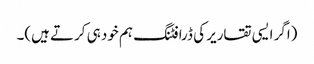
(اگر ایسی تقاریر کی ڈرافٹنگ ہم خود ہی کرتے ہیں)۔